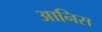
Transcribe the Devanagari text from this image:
आनिस